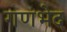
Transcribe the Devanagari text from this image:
गणभेद